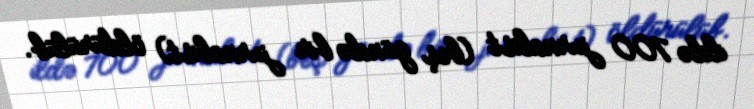
ildə 700 jurnalist (beş gündə bir jurnalist) öldürülüb.